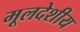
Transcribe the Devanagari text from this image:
मूलदेशीय